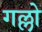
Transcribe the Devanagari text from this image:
गल्लो